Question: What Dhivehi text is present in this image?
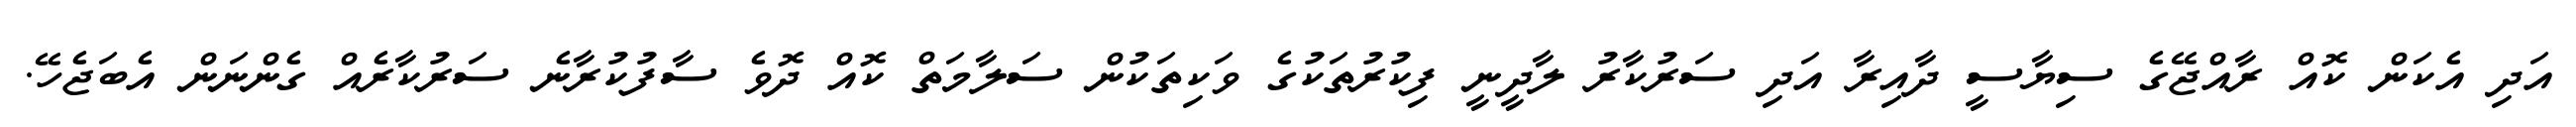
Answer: އަދި އެކަން ކޮއް ރާއްޖޭގެ ސިޔާސީ ދާއިރާ އަދި ސަރުކާރު ލާދީނީ ފިކުރުތަކުގެ ވަކިތަކުން ސަލާމަތް ކޮއް ދޮވެ ސާފުކުރާނެ ސަރުކާރެއް ގެންނަން އެބަޖެހޭ.